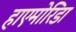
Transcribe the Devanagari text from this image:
हाएमोरिडा